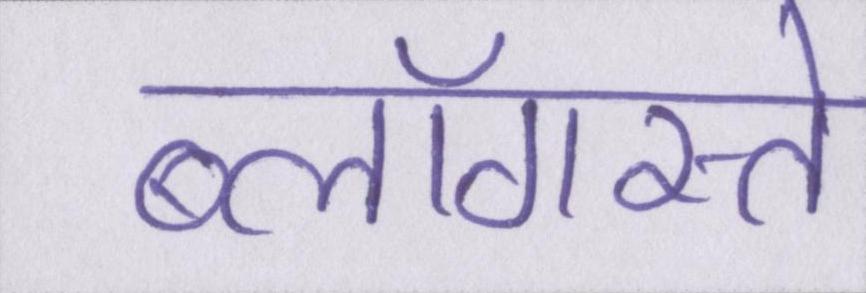
ब्लॉगस्ते